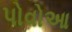
પોવોઆ